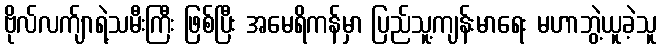
ဗိုလ်လက်ျာရဲ့သမီးကြီး ဖြစ်ပြီး အမေရိကန်မှာ ပြည်သူ့ကျန်းမာရေး မဟာဘွဲ့ယူခဲ့သူ